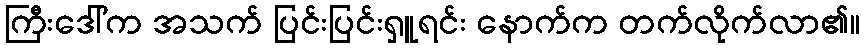
ကြီးဒေါ်က အသက် ပြင်းပြင်းရှူရင်း နောက်က တက်လိုက်လာ၏။